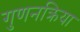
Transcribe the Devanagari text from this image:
गुणनक्रिया